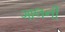
ગાલની